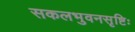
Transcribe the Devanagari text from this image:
सकलभुवनसृष्टिः